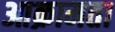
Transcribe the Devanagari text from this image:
आक्रामता